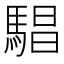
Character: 䮖